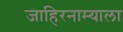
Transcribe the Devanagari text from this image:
जाहिरनाम्याला